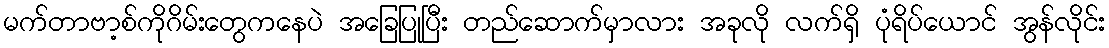
မက်တာဗာ့စ်ကိုဂိမ်းတွေကနေပဲ အခြေပြုပြီး တည်ဆောက်မှာလား အခုလို လက်ရှိ ပုံရိပ်ယောင် အွန်လိုင်း